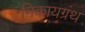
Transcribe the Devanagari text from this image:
निकायग्रंथ